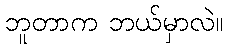
ဘူတာက ဘယ်မှာလဲ။